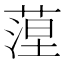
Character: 𦶄